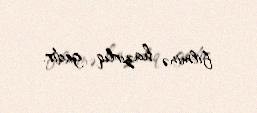
filminə hazırlıq gedir.